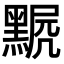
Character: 𪑣